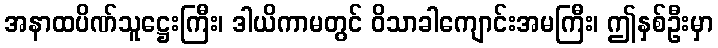
အနာထပိဏ်သူဋ္ဌေးကြီး၊ ဒါယိကာမတွင် ဝိသာခါကျောင်းအမကြီး၊ ဤနှစ်ဦးမှာ